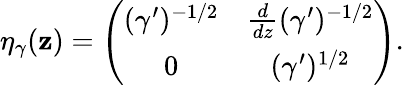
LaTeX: \eta_{\gamma}(\mathbf{z})=\left(\begin{array}{cc}{{(\gamma^{\prime})^{-1/2}}}&{{{\frac{d}{dz}}(\gamma^{\prime})^{-1/2}}}\\ {{0}}&{{(\gamma^{\prime})^{1/2}}}\end{array}\right).